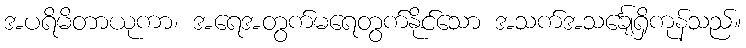
အပရိမိတာယုကာ၊ အရေအတွက်မရေတွက်နိုင်သော အသက်အသင်္ချေရှိကုန်သည်။